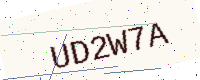
Text: UD2W7A